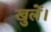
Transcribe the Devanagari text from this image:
खुलें।